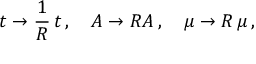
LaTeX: t \rightarrow \frac { 1 } { R } \, t \, , \quad A \rightarrow R A \, , \quad \mu \rightarrow R \, \mu \, ,